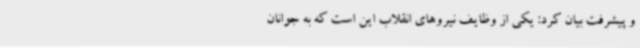
و پیشرفت بیان کرد: یکی از وظایف نیروهای انقلاب این است که به جوانان